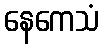
နေကေသံ